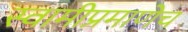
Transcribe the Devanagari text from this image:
स्वामीप्रमाणेच